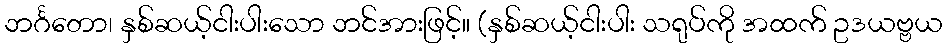
ဘင်္ဂတော၊ နှစ်ဆယ့်ငါးပါးသော ဘင်အားဖြင့်။ (နှစ်ဆယ့်ငါးပါး သရုပ်ကို အထက် ဥဒယဗ္ဗယ